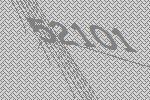
52101